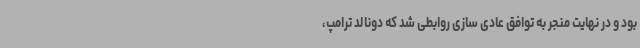
بود و در نهایت منجر به توافق عادی سازی روابطی شد که دونالد ترامپ،